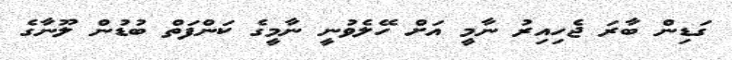
ގަޑިން ބާރަ ޖެހިއިރު ނާމީ އަށް ހޭލެވުނީ ނާމީގެ ކަންފަތް ބުޑުން ލޫނާގެ